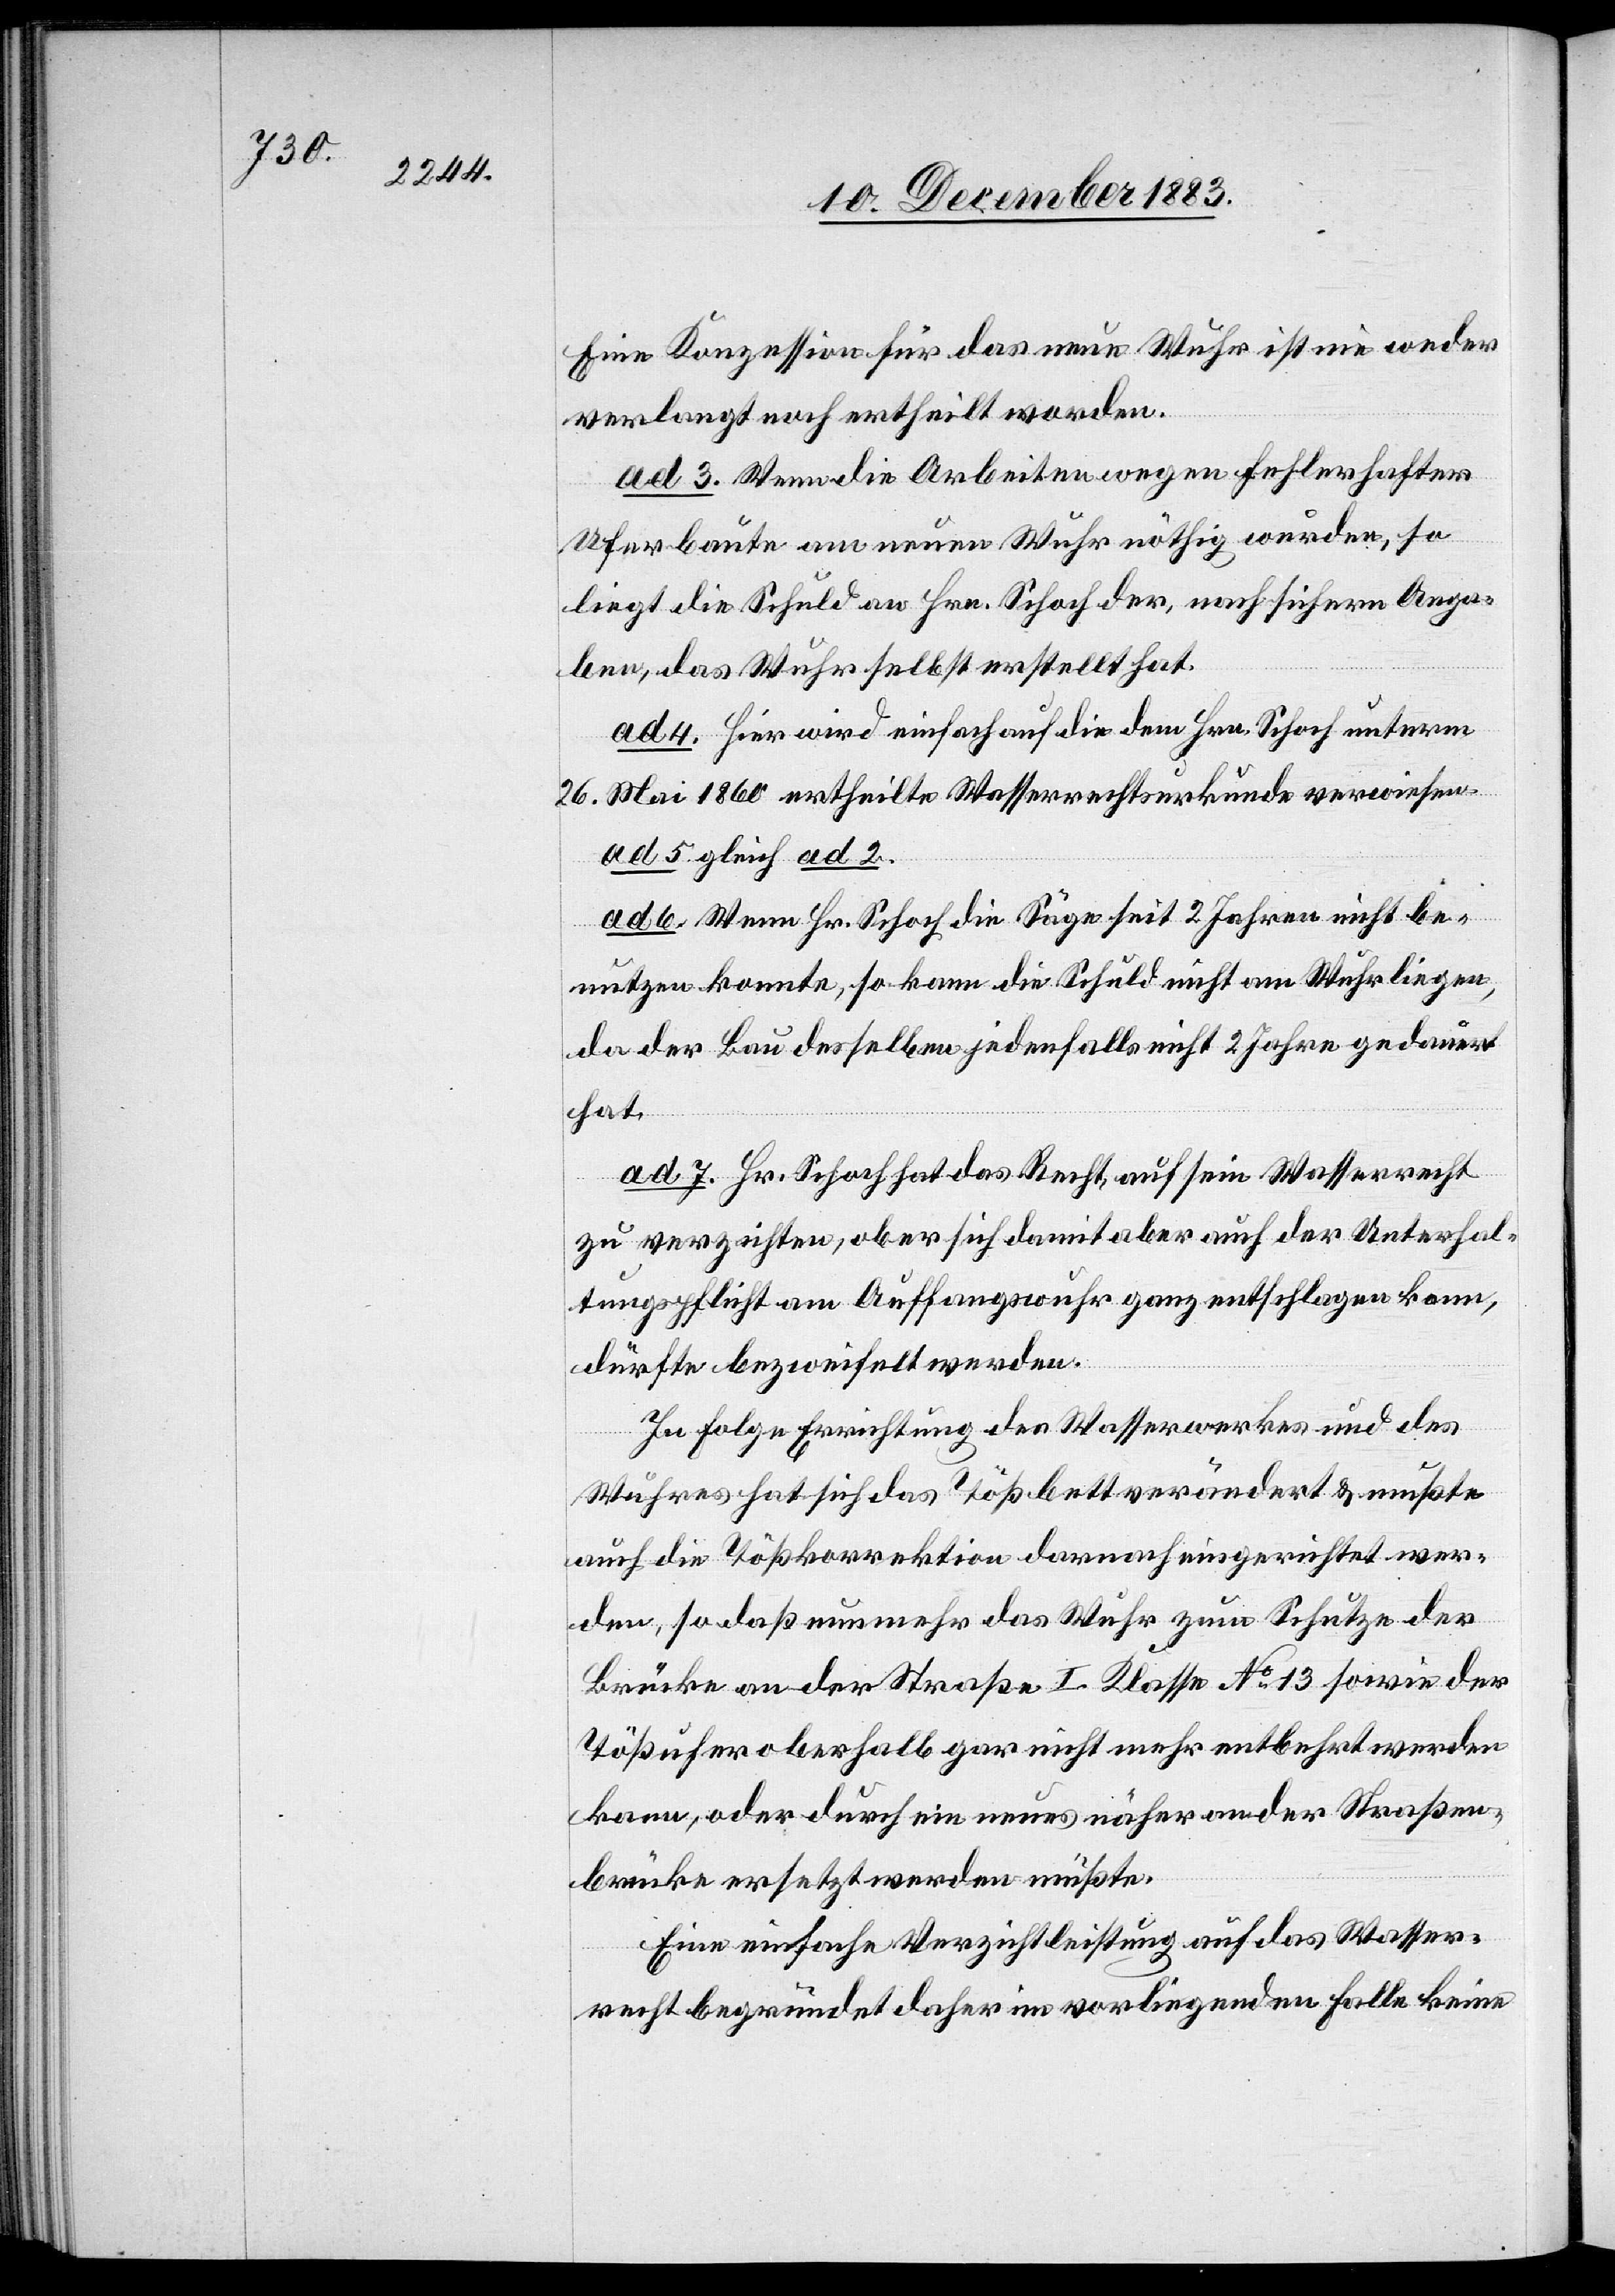
Eine Konzession für das neue Wuhr ist nie weder
verlangt noch ertheilt worden.
ad 3. Wenn die Arbeiten wegen fehlerhafter
Uferbaute am neuen Wuhr nöthig werden, so
liegt die Schuld an Hrn. Schoch der, nach sichern Anga¬
ben, das Wuhr selbst erstellt hat.
ad 4. Hier wird einfach auf die dem Hrn. Schoch unterm
26. Mai 1860 ertheilte Wasserrechtsurkunde verwiesen.
ad 5. gleich ad 2.
ad 6. Wenn Hr. Schoch die Säge seit 2 Jahren nicht be¬
nutzen konnte, so kann die Schuld nicht am Wuhr liegen,
da der Bau desselben jedenfalls nicht 2 Jahre gedauert
hat.
ad 7. Hr. Schoch hat das Recht, auf sein Wasserrecht
zu verzichten, ob er sich damit aber [sic!] auch der Unterhal¬
tungspflicht am Auffangswuhr ganz entschlagen kann,
dürfte bezweifelt werden.
In Folge Errichtung des Wasserwerkes und des
Wuhres hat sich das Tößbett verändert & mußte
auch die Tößkorrektion darnach eingerichtet wer¬
den, so daß nunmehr das Wuhr zum Schutze der
Brücke an der Straße I. Klasse No 13 sowie der
Tößufer oberhalb gar nicht mehr entbehrt werden
kann, oder durch ein neues näher an der Straßen¬
brücke ersetzt werden müßte.
Eine einfache Verzichtleistung auf das Wasser¬
recht begründet daher im vorliegenden Falle keine